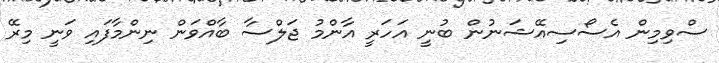
ސްވިމިން އެސޯސިއޭޝަނުން ބުނީ އަހަރީ އާންމު ޖަލްސާ ބާއްވަން ނިންމާފައި ވަނީ މިރޭ